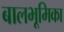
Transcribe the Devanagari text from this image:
बालभूमिका